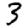
Digit: 3